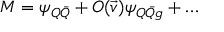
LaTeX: M = \psi _ { Q \bar { Q } } + O ( \vec { v } ) \psi _ { Q \bar { Q } g } + \ldots